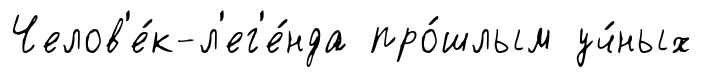
Челов'е́к-л'ег'е́нда про́шлым уч́ных